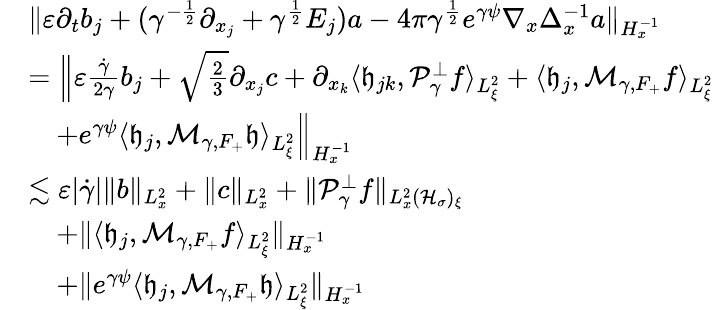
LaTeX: \begin{array}{rl}&{\| \varepsilon\partial_{t}b_{j}+(\gamma^{-\frac{1}{2}}\partial_{x_{j}}+\gamma^{\frac{1}{2}}E_{j})a-4\pi\gamma^{\frac{1}{2}}e^{\gamma\psi}\nabla_{x}\Delta_{x}^{-1}a\| _{H_{x}^{-1}}}\\ &{=\Big\| \varepsilon\frac{\dot{\gamma}}{2\gamma}b_{j}+\sqrt{\frac{2}{3}}\partial_{x_{j}}c+\partial_{x_{k}}\langle\mathfrak h_{jk},\mathcal P_{\gamma}^{\perp}f\rangle_{L_{\xi}^{2}}+\langle\mathfrak h_{j},\mathcal M_{\gamma,F_{+}}f\rangle_{L_{\xi}^{2}}}\\ &{\quad+e^{\gamma\psi}\langle\mathfrak h_{j},\mathcal M_{\gamma,F_{+}}\mathfrak h\rangle_{L_{\xi}^{2}}\Big\| _{H_{x}^{-1}}}\\ &{\lesssim\varepsilon|\dot{\gamma}|\| b\| _{L_{x}^{2}}+\| c\| _{L_{x}^{2}}+\| \mathcal P_{\gamma}^{\perp}f\| _{L_{x}^{2}(\mathcal H_{\sigma})_{\xi}}}\\ &{\quad+\| \langle\mathfrak h_{j},\mathcal M_{\gamma,F_{+}}f\rangle_{L_{\xi}^{2}}\| _{H_{x}^{-1}}}\\ &{\quad+\| e^{\gamma\psi}\langle\mathfrak h_{j},\mathcal M_{\gamma,F_{+}}\mathfrak h\rangle_{L_{\xi}^{2}}\| _{H_{x}^{-1}}}\end{array}